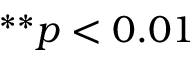
^ { * * } p < 0 . 0 1